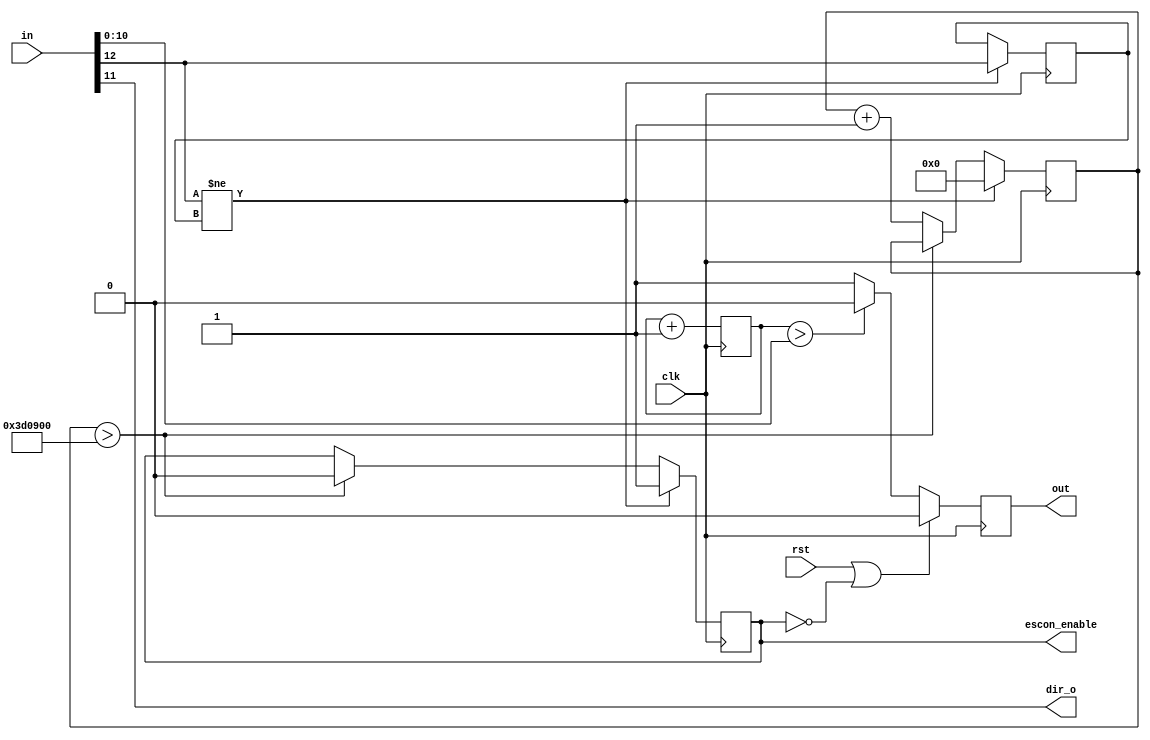
module pwm (
input wire clk, 
input wire [12:0] in,
output wire out,
output wire dir_o,
output wire escon_enable,
input wire rst);

	wire [10:0] local_input;
	wire heart_Beat;
   reg [10:0] clk_count;
	reg out_t;
	assign local_input = in[10:0];
	assign dir_o = in[11];
	assign heartBeat = in[12];
//	assign out = out_t & output_control;
	assign out = out_t;
	assign escon_enable = output_control;
	
	
	
//	clock divider
	localparam divide_constant = 100;
	reg[32:0] divider_clk_counter;
	
	reg clk_slower;
	always@(posedge clk or posedge rst) begin
	   if(rst) begin
			divider_clk_counter <= 0;
			clk_slower <= 0;
		end
		else if(clk_count == divide_constant - 1)begin
		   divider_clk_counter <= 0;
			clk_slower = ~clk_slower;
		end
		else
			divider_clk_counter = divider_clk_counter + 1'b1;
	end
	
	always @(posedge clk)
	   clk_count <= clk_count+1'b1;
		
//	heartbeat detector
	reg previous_HB;
	reg output_control; //negedge reset signal for pwm generation
   reg[20:0] HB_counter;
	
	always@(posedge clk) begin	
		if(heartBeat != previous_HB) begin
			output_control <= 1;
			HB_counter <= 0;
			previous_HB <= heartBeat;
			end
		else
			if(HB_counter > 4000000)
				output_control <= 0;
			else begin
				HB_counter <= HB_counter + 1'b1;
				end
	end
	

//	pwm generation
	reg[10:0] pwm_counter;	


	always @(posedge clk) begin
		if(rst || !output_control) begin
			out_t <= 0;
			pwm_counter <= 0;
		end
		else if(pwm_counter>local_input) 
			out_t <=0;
		else             
			out_t <=1;
			
		pwm_counter <= pwm_counter + 1;
	end	
	
endmodule